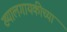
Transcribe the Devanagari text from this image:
ख्यालगायकीच्या